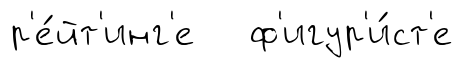
р'е́йт'инг'е ф'игур'и́ст'е